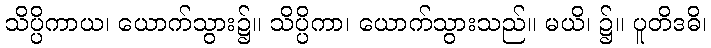
သိပ္ပိကာယ၊ ယောက်သွား၌။ သိပ္ပိကာ၊ ယောက်သွားသည်။ မယိ၊ ၌။ ပူတိဒဓိ၊